Notes on vaccination in the North-West Frontier Province 1923-1928 - 1923-1928
Year: 1923
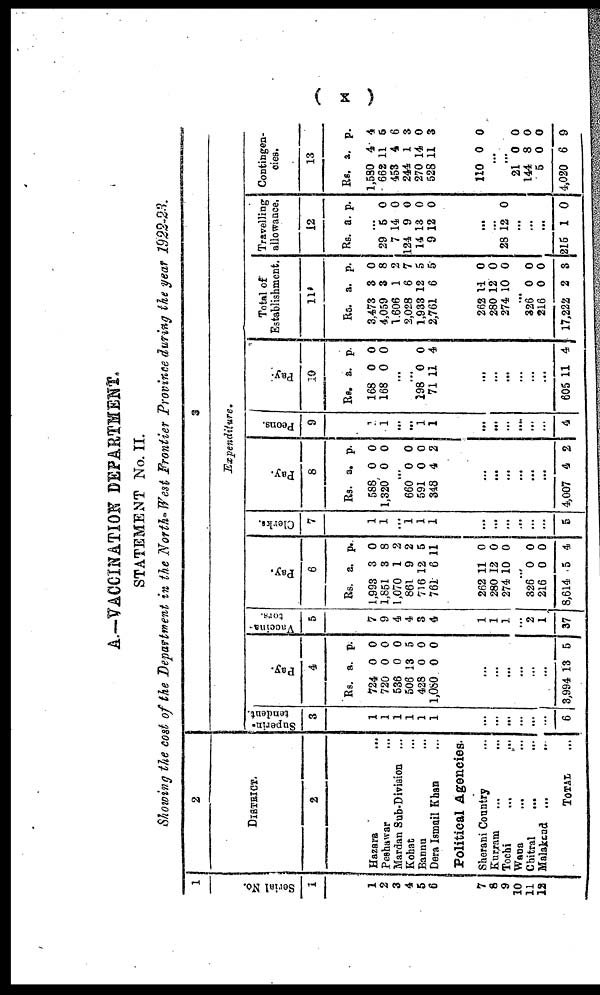
( x )
A.—VACCINATION DEPARTMENT.
STATEMENT No. II.
Showing the cost of the Department in the North- West Frontier Province during the year 1922-23.
1
Serial
No.
1
1
2
3
4
5
6
7
8
9
10
11
12
2
DISTRICT.
2
Hazara
...
Peshawar
...
Mardan Sub-Division ...
Kohat ...
Bannu ...
Dera Ismail Khan
Political Agencies.
Sherani Country ...
Kurram ... ...
Tochi ... ...
Wana ... ...
Chitral
...
...
Malakand ...
...
TOTAL ...
3
Expenditure.
Superin-
tendent.
3
1
1
1
1
1
1
...
...
...
...
...
...
6
Pay.
4
Rs.
724
720
536
506
428
1,080
a.
0
0
0
13
0
0
p.
0
0
0
5
0
0
...
...
...
...
...
...
3,994 13 5
Vaccina-
tors.
5
7
9
4
4
3
4
1
1
1
...
2
1
37
Pay.
6
Rs.
1,993
1,851
1,070
861
716
761
a.
3
3
1
9
12
6
p.
0
8
2
2
5
11
262
280
274
11
12
10
0
0
0
...
326
216
8,614
0
0
5
0
0
4
Clerks.
7
1
1
...
1
1
1
...
...
...
...
...
...
5
Pay.
8
Rs.
588
1,320
a.
0
0
p.
0
0
...
660
591
318
0
0
4
0
0
2
...
...
...
...
...
...
4,007 4 2
Peons.
9
1
1
...
...
1
1
...
...
...
...
...
...
4
Pay.
10
Rs.
168
168
a.
0
0
p.
0
0
...
...
298
71
0
11
0
4
...
...
...
...
...
...
605 11 4
Total of
Establishment.
11
Rs.
3,473
4,059
1,606
2,028
1,933
2,761
a.
3
3
1
6
12
6
p.
0
8
2
7
5
5
262
280
274
11
12
10
0
0
0
...
326
216
17,222
0
0
2
0
0
3
Travelling
allowance.
12
Rs. a. p.
...
29
7
124
14
9
5
14
9
13
12
0
0
0
0
0
...
...
28 12 0
...
...
...
215 1 0
Contingen-
cies.
13
Rs.
1,580
662
453
244
270
528
a.
4
11
4
1
14
11
p.
4
6
6
3
0
3
110 0 0
...
...
21
144
5
4,020
0
8
0
6
0
0
0
9